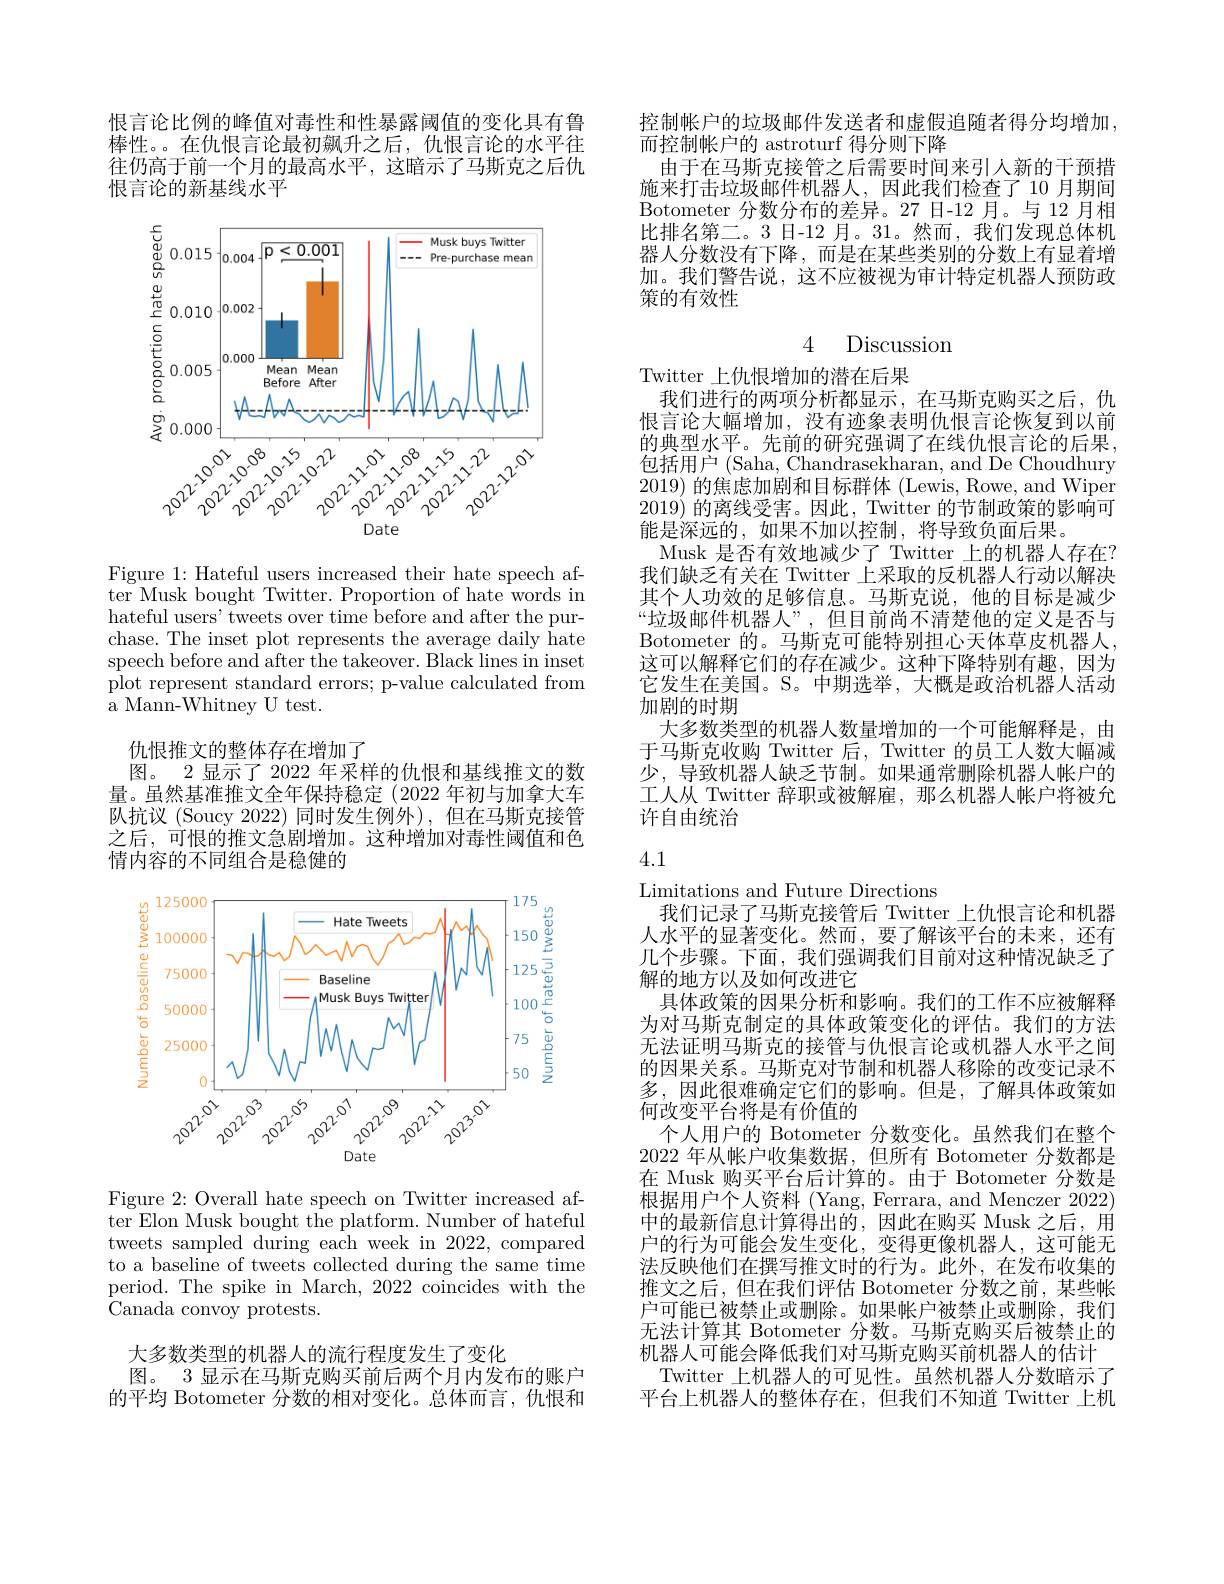
恨言论比例的峰值对毒性和性暴露阈值的变化具有鲁棒性。。在仇恨言论最初飙升之后，仇恨言论的水平往往仍高于前一个月的最高水平，这暗示了马斯克之后仇恨言论的新基线水平

<FigureHere>

Figure 1: Hateful users increased their hate speech after Musk bought Twitter. Proportion of hate words in hateful users' tweets over t chase. The inset plot represents the average daily hate speech before and after the $\bar{\text{plot represent standard errors; p-value calculated from}}$ ${\mathrm{~a~Mann-Whitney~U~test.}}$

仇恨推文的整体存在增加了
图。2 显示了 2022 年采样的仇恨和基线推文的数量。虽然基准推文全年保持稳定(2022 年初与加拿大车队抗议 (Soucy 2022)同时发生例外),但在马斯克接管之后，可恨的推文急剧增加。这种增加对毒性阈值和色情内容的不同组合是稳健的

<FigureHere>

Figure 2: Overall hate speech on Twitter increased after Elon Musk bought the platform. Number of hateful tweets sampled during each w to a baseline of tweets collected during the same time period. The spike in March, 2022 coincides with the Canada convoy protests.

大多数类型的机器人的流行程度发生了变化
图。3 显示在马斯克购买前后两个月内发布的账户的平均 Botometer 分数的相对变化。总体而言，仇恨和

控制帐户的垃圾邮件发送者和虚假追随者得分均增加，
而控制帐户的 astroturf 得分则下降
由于在马斯克接管之后需要时间来引人新的干预措施来打击垃圾邮件机器人，因此我们检查了 10 月期间Botometer 分数分布的差异。27 日-12 月。与 12 月相比排名第二。3 日-12 月。31。然而，我们发现总体机器人分数没有下降，而是在某些类别的分数上有显着增加。我们警告说，这不应被视为审计特定机器人预防政策的有效性

# 4 Discussion

Twitter 上仇恨增加的潜在后果
我们进行的两项分析都显示，在马斯克购买之后，仇恨言论大幅增加，没有迹象表明仇恨言论恢复到以前的典型水平。先前的研究强调了在线仇恨言论的后果， 包括用户 (Saha, Chandrasekharan, and De Choudhury 2019)的焦虑加剧和目标群体 (Lewis, Rowe, and Wiper 2019)的离线受害。因此，Twitter 的节制政策的影响可能是深远的，如果不加以控制，将导致负面后果。
Musk 是否有效地减少了 Twitter 上的机器人存在？ 我们缺乏有关在 Twitter 上采取的反机器人行动以解决其个人功效的足够信息。马斯克说，他的目标是减少“垃圾邮件机器人”,但目前尚不清楚他的定义是否与Botometer 的。马斯克可能特别担心天体草皮机器人， 这可以解释它们的存在减少。这种下降特别有趣，因为它发生在美国。S。中期选举，大概是政治机器人活动加剧的时期
大多数类型的机器人数量增加的一个可能解释是，由于马斯克收购 Twitter 后，Twitter 的员工人数大幅减少，导致机器人缺乏节制。如果通常删除机器人帐户的工人从 Twitter 辞职或被解雇，那么机器人帐户将被允许自由统治

# 4.1

Limitations and Future Directions
我们记录了马斯克接管后 Twitter 上仇恨言论和机器人水平的显著变化。然而，要了解该平台的未来，还有几个步骤。下面，我们强调我们目前对这种情况缺乏了解的地方以及如何改进它
具体政策的因果分析和影响。我们的工作不应被解释为对马斯克制定的具体政策变化的评估。我们的方法无法证明马斯克的接管与仇恨言论或机器人水平之间的因果关系。马斯克对节制和机器人移除的改变记录不多，因此很难确定它们的影响。但是，了解具体政策如何改变平台将是有价值的
个人用户的 Botometer 分数变化。虽然我们在整个2022 年从帐户收集数据，但所有 Botometer 分数都是在 Musk 购买平台后计算的。由于 Botometer 根据用户个人资料 (Yang, Ferrara, and Menczer 2022) 中的最新信息计算得出的，因此在购买 Musk 之后，用户的行为可能会发生变化，变得更像机器人，这可能无法反映他们在撰写推文时的行为。此外，在发布收集的推文之后，但在我们评估 Botometer 分数之前，某些帐户可能已被禁止或删除。如果帐户被禁止或删除，我们无法计算其 Botometer 分数。马斯克购买后被禁止的机器人可能会降低我们对马斯克购买前机器人的估计Twitter 上机器人的可见性。虽然机器人分数暗示了
平台上机器人的整体存在，但我们不知道 Twitter 上机